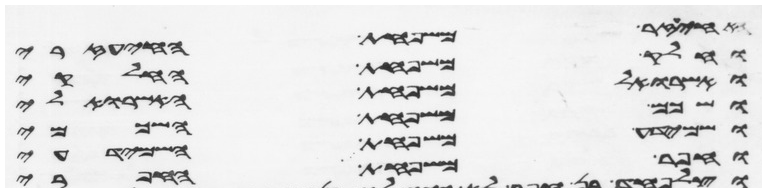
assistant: איעזר משפחת האיעזרי
וחלק משפחת החלקי
ואשרואל משפחת האשרואלי
ושכם משפחת השכמי
ושמידע משפחת השמידעי
וחפר משפחת החפרי